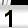
Digit: 1